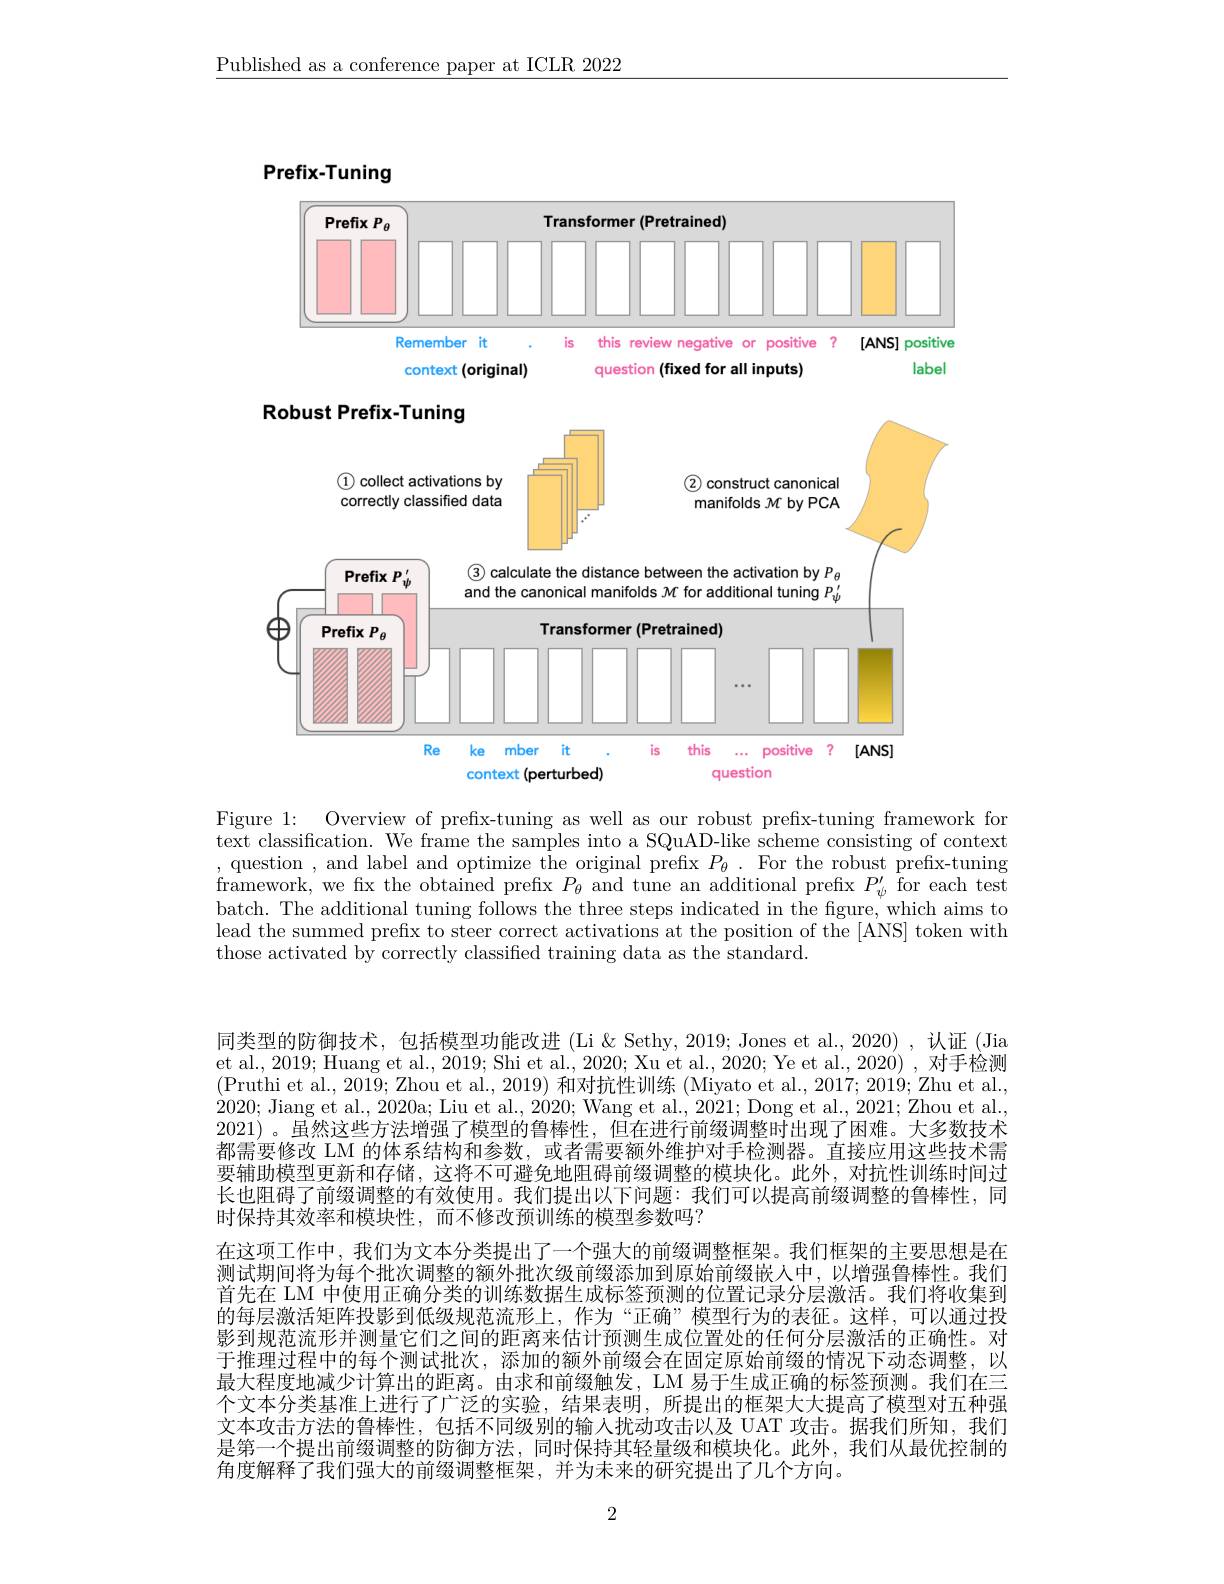
$\underline{\text{Published as a conference paper at ICLR 2022}}$

Prefix-Tuning

<FigureHere>

### Robust Prefix-Tuning
<FigureHere>

Figure 1: Overview of prefix-tuning as well as our robust prefix-tuning framework for text classification. We frame the samples into a SQuAD-like scheme consisting of context , question , and label and optimize the original prefix $P_\theta.$ For the robust prefix-tuning framework, we fix the obtained prefix $P_\theta$ and tune an additional prefix $P_\psi^{\prime}$ for each test batch. The additional tuning follows the three steps indicated in the figure, which aims to lead the summed prefix to steer correct activations at the position of the [ANS] token with those activated by correctly classifed training data as the standard.

同类型的防御技术，包括模型功能改进 (Li & Sethy, 2019; Jones et al., 2020) , 认证 (Jia et al., 2019; Huang et al., 2019; Shi et al., 2020; Xu et al., 2020; Ye et al., 2020) , 对手检测(Pruthi et al., 2019; Zhou et al., 2019) 和对抗性训练 (Miyato et al., 2017; 2019; Zhu et al. 2020; Jiang et al., 2020a; Liu et al., 2020; Wang et al., 2021; Dong et al., 2021; Zhou et al. 2021)。虽然这些方法增强了模型的鲁棒性，但在进行前缀调整时出现了困难。大多数技术都需要修改 LM 的体系结构和参数，或者需要额外维护对手检测器。直接应用这些技术需要辅助模型更新和存储，这将不可避免地阻碍前缀调整的模块化。此外，对抗性训练时间过长也阻碍了前缀调整的有效使用。我们提出以下问题：我们可以提高前缀调整的鲁棒性，同时保持其效率和模块性，而不修改预训练的模型参数吗？
在这项工作中，我们为文本分类提出了一个强大的前缀调整框架。我们框架的主要思想是在测试期间将为每个批次调整的额外批次级前缀添加到原始前缀嵌人中，以增强鲁棒性。我们首先在 LM 中使用正确分类的训练数据生成标签预测的位置记录分层激活。我们将收集到的每层激活矩阵投影到低级规范流形上，作为“正确”模型行为的表征。这样，可以通过投影到规范流形并测量它们之间的距离来估计预测生成位置处的任何分层激活的正确性。对于推理过程中的每个测试批次，添加的额外前缀会在固定原始前缀的情况下动态调整，以最大程度地减少计算出的距离。由求和前缀触发，LM 易于生成正确的标签预测。我们在三个文本分类基准上进行了广泛的实验，结果表明，所提出的框架大大提高了模型对五种强文本攻击方法的鲁棒性，包括不同级别的输入扰动攻击以及 UAT 攻击。据我们所知，我们是第一个提出前缀调整的防御方法，同时保持其轻量级和模块化。此外，我们从最优控制的角度解释了我们强大的前缀调整框架，并为未来的研究提出了几个方向。

2